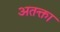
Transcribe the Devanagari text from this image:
अतक्ता